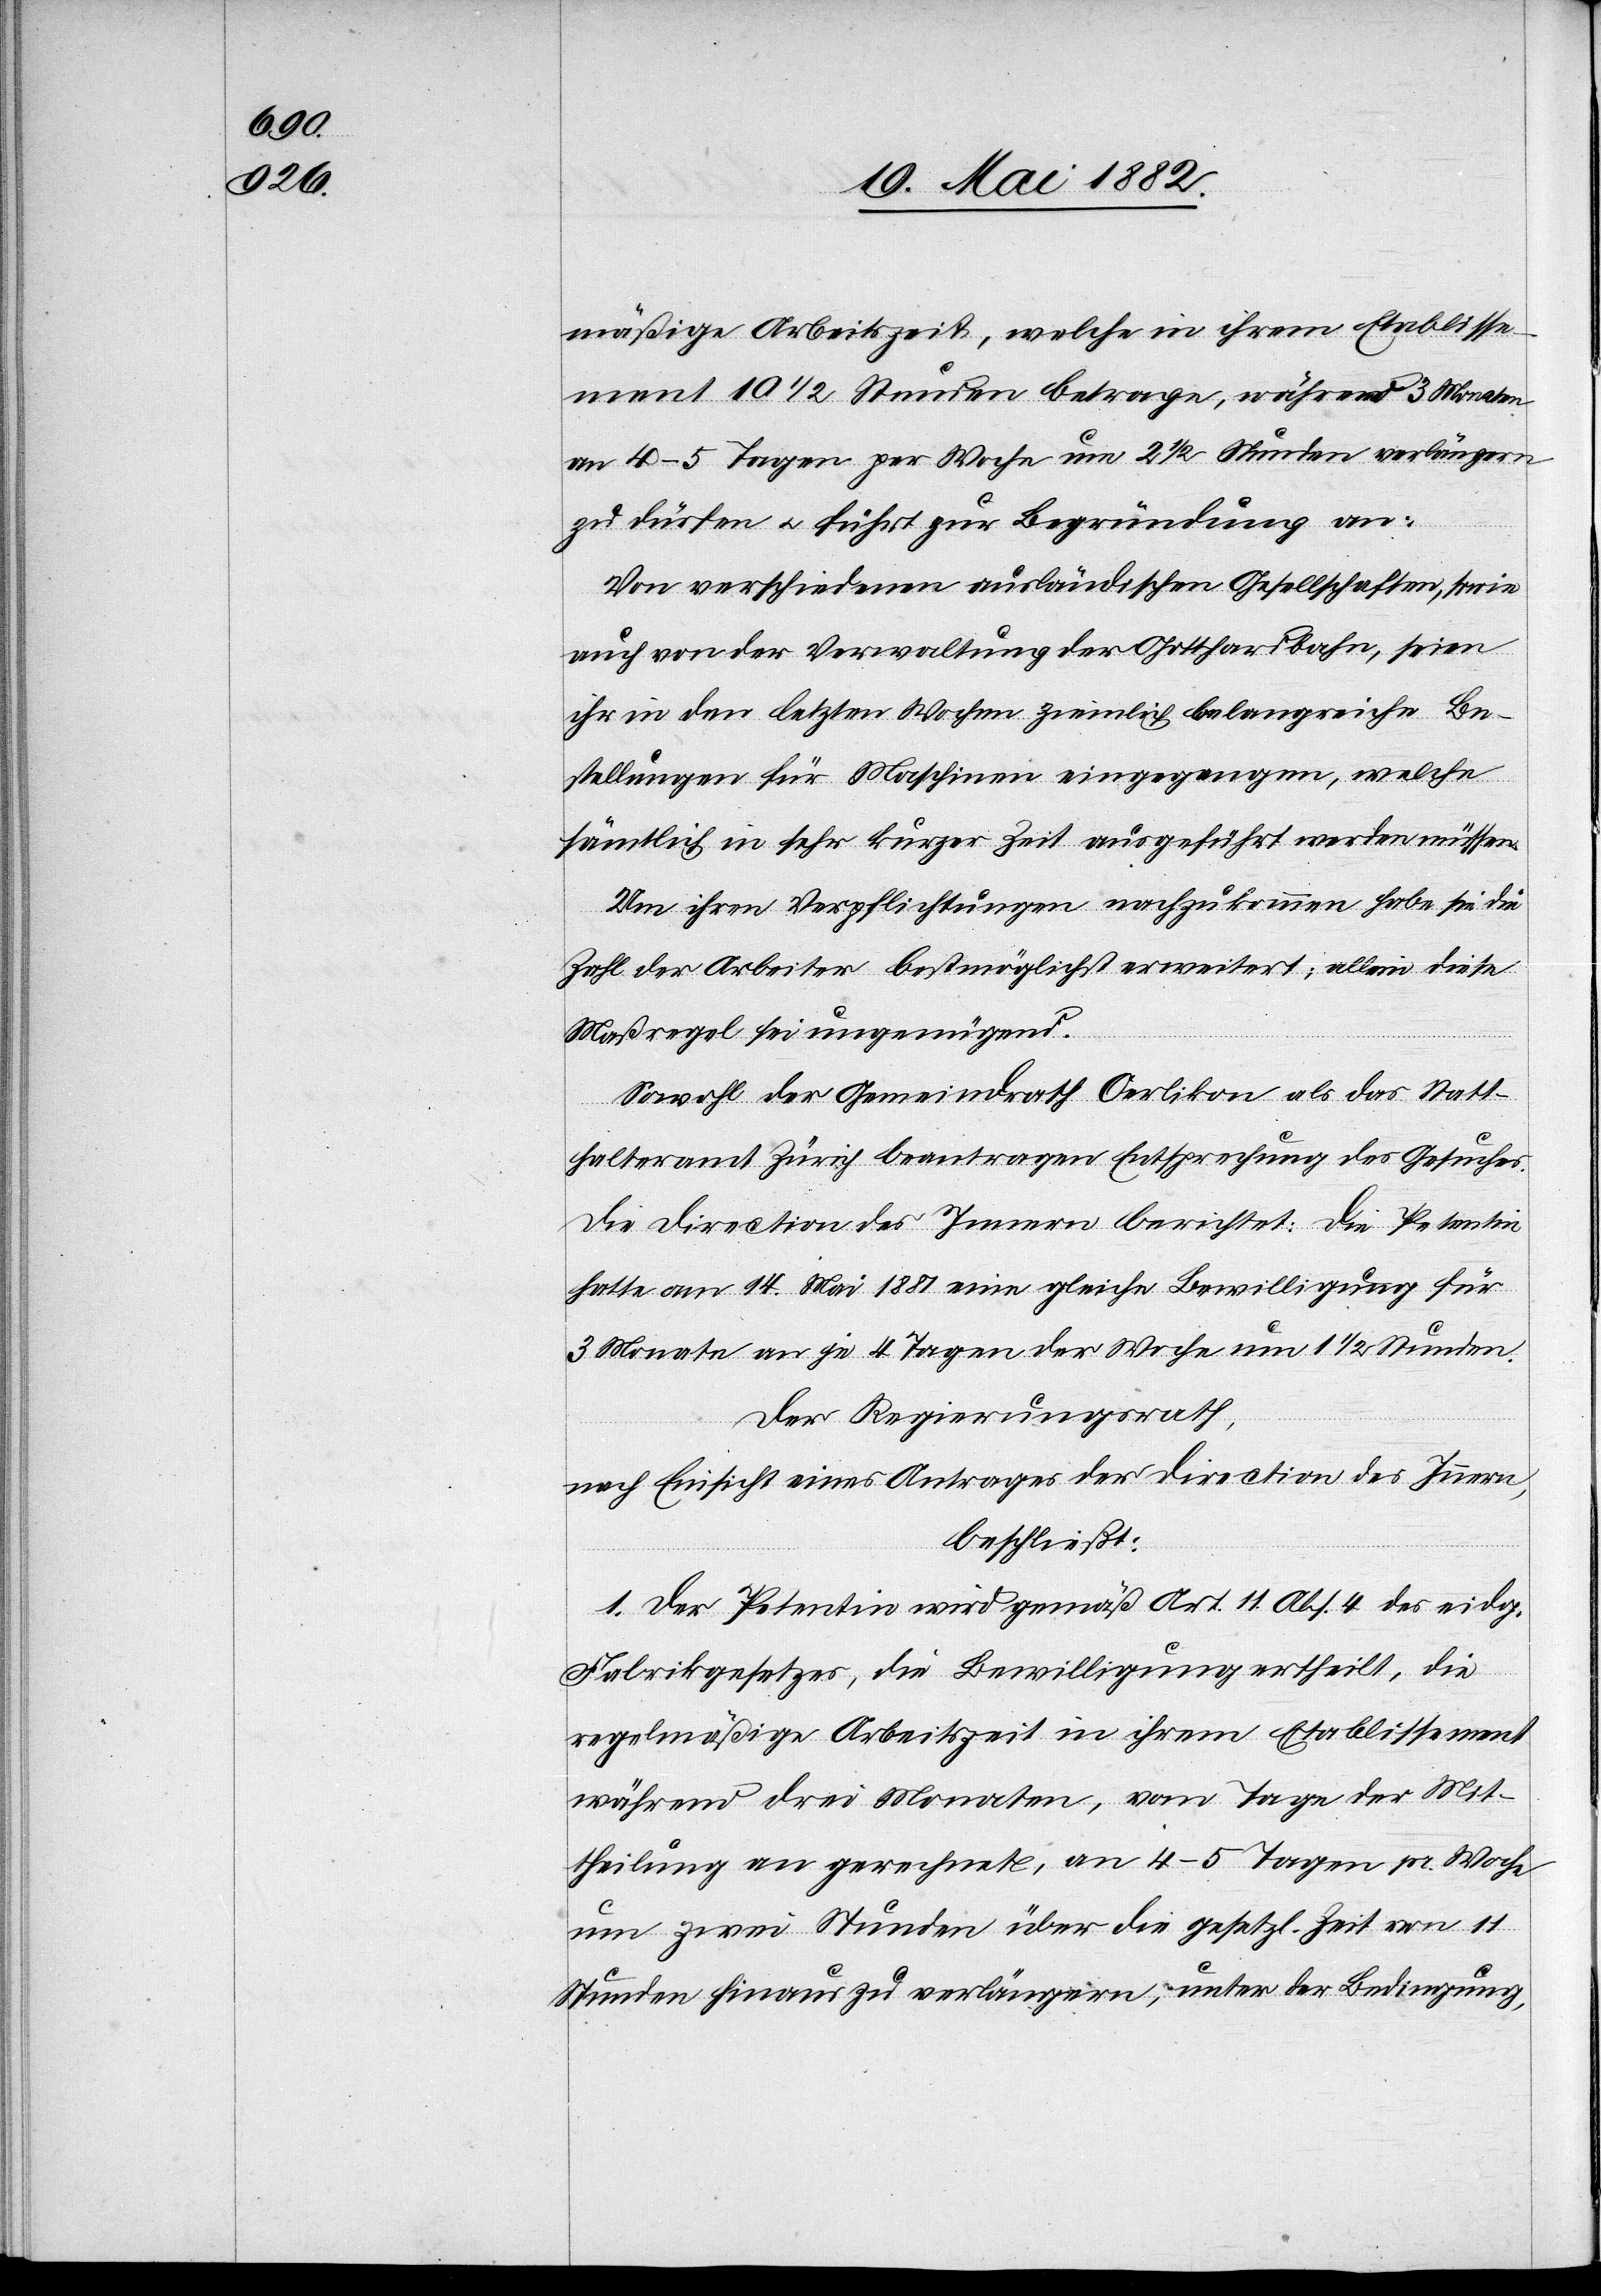
mäßige Arbeitszeit, welche in ihrem Etablisse¬
ment 10 1/2 Stunden betrage, während 3 Monaten
an 4–5 Tagen per Woche um 2 1/2 Stunden verlängern
zu dürfen u. führt zur Begründung an:
Vor verschiedenen ausländischen Gesellschaften, sowie
auch von der Verwaltung der Gotthardbahn, seien
ihr in den letzten Wochen ziemlich belangreiche Be¬
stellungen für Maschinen eingegangen, welche
sämmtlich in sehr kurzer Zeit ausgeführt werden müssen.
Um ihren Verpflichtungen nachzukommen habe sie die
Zahl der Arbeiter bestmöglichst erweitert; allein diese
Maßregel sei ungenügend.
Sowol der Gemeindrath Oerlikon als das Statt¬
halteramt Zürich beantragen Entsprechung des Gesuches.
Die Direction des Innern berichtet: Die Petentin
hatte am 14. Mai 1881 eine gleiche Bewilligung für
3 Monate an je 4 Tagen der Woche um 1 1/2 Stunden.
Der Regierungsrath,
nach Einsicht eines Antrages der Direction des Innern,
beschließt:
1. Der Petentin wird gemäß Art. 11 Abs. 4 des eidg.
Fabrikgesetzes, die Bewilligung ertheilt, die
regelmäßige Arbeitszeit in ihrem Etablissement
während drei Monaten, vom Tage der Mit¬
theilung an gerechnet, an 4–5 Tagen pr. Woche
um zwei Stunden über die gesetzl. Zeit von 11
Stunden hinaus zu verlängern, unter der Bedingung,